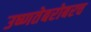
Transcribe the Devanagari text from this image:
उष्णतेबरोबरच